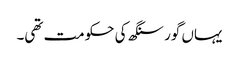
یہاں گور سنگھ کی حکومت تھی۔